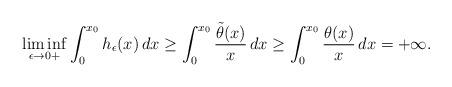
LaTeX: \begin{align*}\liminf_{\epsilon \to 0+} \int_0^{x_0} h_\epsilon(x) \, dx \geq \int_0^{x_0} \frac{\tilde{\theta}(x)}{x} \, dx \geq \int_0^{x_0} \frac{\theta(x)}{x} \, dx = +\infty. \end{align*}